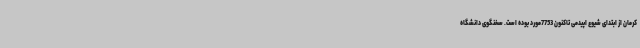
کرمان از ابتدای شیوع اپیدمی تاکنون 7753مورد بوده است. سخنگوی دانشگاه